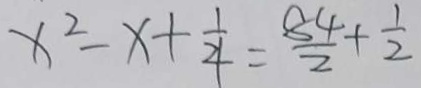
x ^ { 2 } - x + \frac { 1 } { 4 } = \frac { 8 4 } { 2 } + \frac { 1 } { 2 }